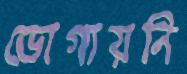
ভোগায়নি